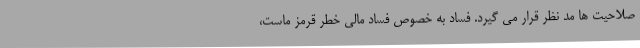
صلاحیت ها مد نظر قرار می گیرد. فساد به خصوص فساد مالی خطر قرمز ماست،